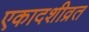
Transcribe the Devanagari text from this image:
एकादशीव्रत